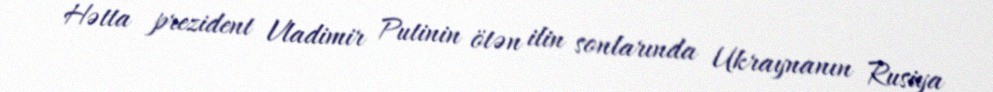
Hətta prezident Vladimir Putinin ötən ilin sonlarında Ukraynanın Rusiya